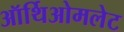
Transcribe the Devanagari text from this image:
ऑर्थिओमलेट